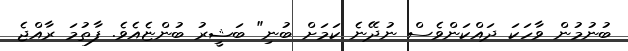
ބުނުމުން ވާހަކަ ދައްކަންވެސް ނުދޭނެ ކަމަށް ބުނި" ބަޝީރު ބުންޏެއެވެ. ފާތުމަ ރާއްޖެ